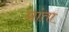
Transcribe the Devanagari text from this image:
प्रांता